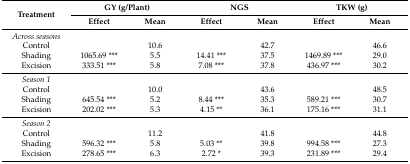
| <ROWSPAN=2> Treatment | <COLSPAN=2> GY (g/Plant) | <COLSPAN=2> NGS | <COLSPAN=2> TKW (g) |
 | Effect | Mean | Effect | Mean | Effect | Mean |
 | --- | --- | --- | --- | --- | --- | --- |
 | Across seasons |  |  |  |  |  |  |
 | Control |  | 10.6 |  | 42.7 |  | 46.6 |
 | Shading | 1065.69 *** | 5.5 | 14.41 *** | 37.5 | 1469.89 *** | 29.0 |
 | Excision | 333.51 *** | 5.8 | 7.08 *** | 37.8 | 436.97 *** | 30.2 |
 | Season 1 |  |  |  |  |  |  |
 | Control |  | 10.0 |  | 43.6 |  | 48.5 |
 | Shading | 645.54 *** | 5.2 | 8.44 *** | 35.3 | 589.21 *** | 30.7 |
 | Excision | 202.02 *** | 5.3 | 4.15 ** | 36.1 | 175.16 *** | 31.1 |
 | Season 2 |  |  |  |  |  |  |
 | Control |  | 11.2 |  | 41.8 |  | 44.8 |
 | Shading | 596.32 *** | 5.8 | 5.03 ** | 39.8 | 994.58 *** | 27.3 |
 | Excision | 278.65 *** | 6.3 | 2.72 * | 39.3 | 231.89 *** | 29.4 |